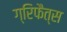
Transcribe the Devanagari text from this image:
ग्रिफैत्स